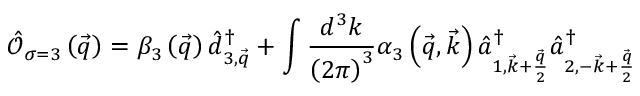
\hat { \mathcal { O } } _ { \sigma = 3 } \left( \vec { q } \right) = \beta _ { 3 } \left( \vec { q } \right) \hat { d } _ { 3 , \vec { q } } ^ { \dagger } + \int \frac { d ^ { 3 } k } { \left( 2 \pi \right) ^ { 3 } } \alpha _ { 3 } \left( \vec { q } , \vec { k } \right) \hat { a } _ { 1 , \vec { k } + \frac { \vec { q } } { 2 } } ^ { \dagger } \hat { a } _ { 2 , - \vec { k } + \frac { \vec { q } } { 2 } } ^ { \dagger }